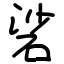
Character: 硰